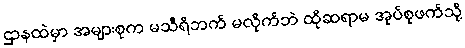
ဌာနထဲမှာ အများစုက မသီရိဘက် မလိုက်ဘဲ ထိုဆရာမ အုပ်စုဖက်သို့